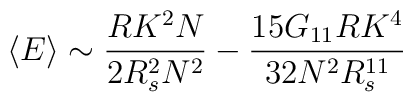
\left<E \right> \sim \frac{R K^2 N}{2 R^2_s N^2} -\frac{15 G_{11} R K^4}{32 N^2 R^{11}_s}